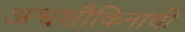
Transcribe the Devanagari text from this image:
अश्वशौकिनांची